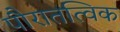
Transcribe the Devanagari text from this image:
पौरातत्विक